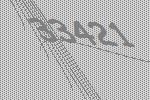
33421